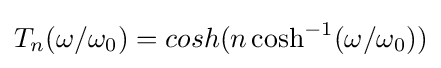
T_{n}(\omega /\omega _{0})=cosh(n\cosh ^{-1}(\omega /\omega _{0}))